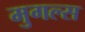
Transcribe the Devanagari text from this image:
मुगल्स